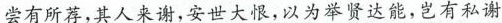
尝有所荐，其人来谢，安世大恨，以为举贤达能，岂有私谢